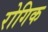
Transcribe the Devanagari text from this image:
रोगिक